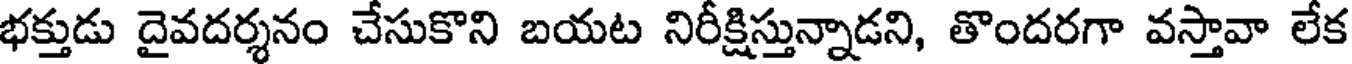
భక్తుడు దైవదర్శనం చేసుకొని బయట నిరీక్షిస్తున్నాడని, తొందరగా వస్తావా లేక